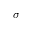
\boldsymbol \sigma